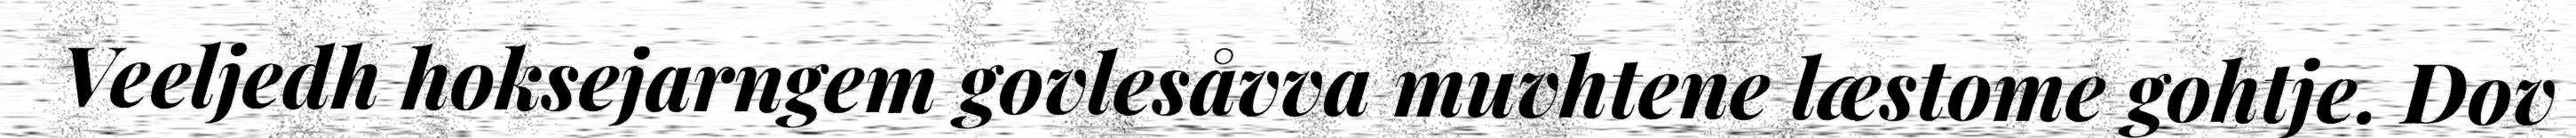
Veeljedh hoksejarngem govlesåvva muvhtene læstome gohtje. Dov